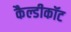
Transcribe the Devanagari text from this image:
कैल्डीकॉट